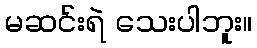
မဆင်းရဲ သေးပါဘူး။